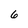
Character: 6